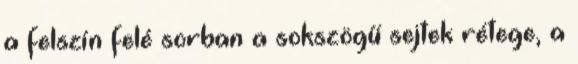
a felszín felé sorban a sokszögű sejtek rétege, a